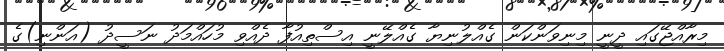
މިރާއްޖޭގައި ދީނީ މިނިވަންކަން ގެއްލުނިޔާ ގެއްލޭނީ އިސްތިއުފާ ދެއްވި މުހައްމަދު ނަސީދު (އަންނި)ގެ